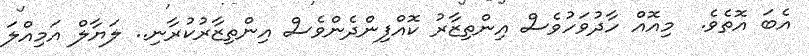
އެބަ އޮތެވެ.  މިއޮއް ހާދުވަހުވެސް އިންތިޒާރު ކޮއްފިންދެންވެސް އިންތިޒާރުކުރާނި.. ލަޔާލް އަމިއްލަ